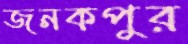
জনকপুর